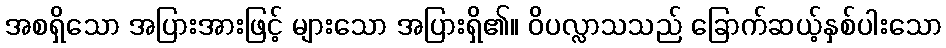
အစရှိသော အပြားအားဖြင့် များသော အပြားရှိ၏။ ဝိပလ္လာသသည် ခြောက်ဆယ့်နှစ်ပါးသော